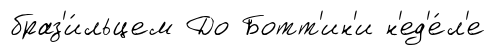
браз'и́льцем До Ботт'ин'и н'ед'е́л'е